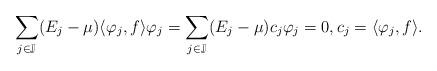
LaTeX: \begin{align*}\sum_{j\in\mathbb{J}}(E_j-\mu)\langle \varphi_j, f \rangle\varphi_j=\sum_{j\in\mathbb{J}}(E_j-\mu)c_j\varphi_j=0, c_j=\langle \varphi_j, f \rangle.\end{align*}